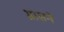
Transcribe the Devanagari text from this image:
ग्रासने